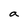
Character: a